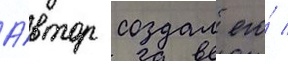
А́втор создал его́ /